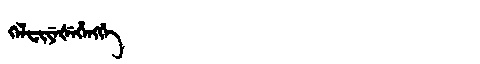
Manchu: ᡴᡝᠯᠸᡳᠶᡝᡧᡝᡥᡝᠩᡤᡝ
Romanization: KELFIYEŠEHENGGE